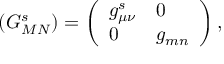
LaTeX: \left( G _ { M N } ^ { s } \right) = \left( \begin{array} { l l } { { g _ { \mu \nu } ^ { s } } } & { { 0 } } \\ { { 0 } } & { { g _ { m n } } } \end{array} \right) ,